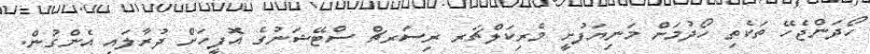
ހޯދަންޖެހޭ ތަކެތި ހޯދުމަށް މަނިޔަފުށީ މެރިކަލްޗަރ ރިސަރޗް ސްޓޭޝަނުގެ އޮފީހަށް ދުރާލައި އެންގުން.